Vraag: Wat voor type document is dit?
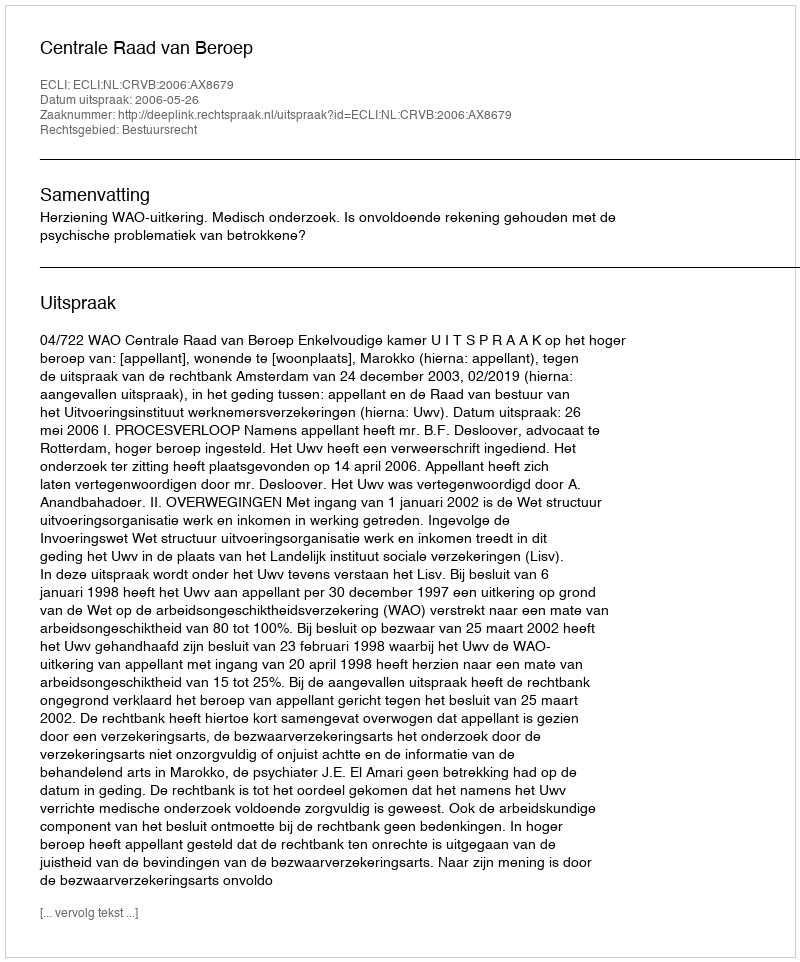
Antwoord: Uitspraak